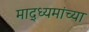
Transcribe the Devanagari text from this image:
माद्ध्यमांच्या